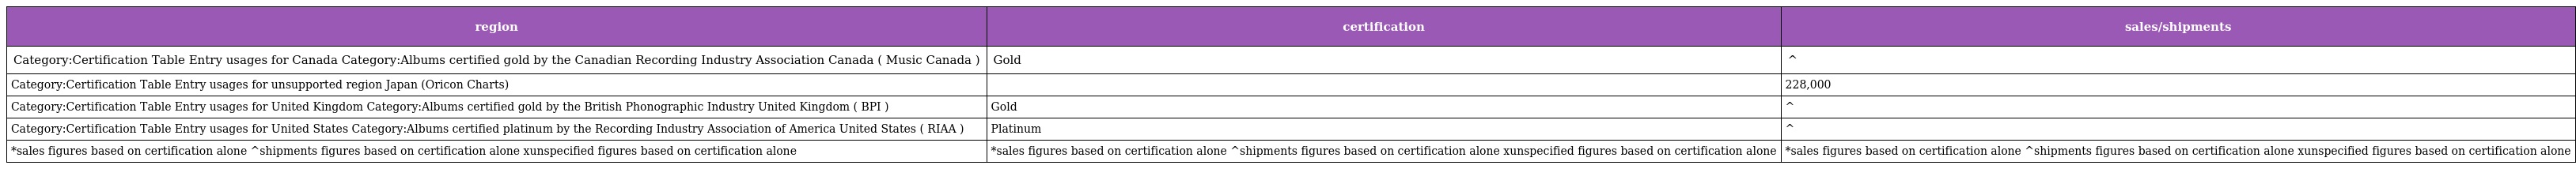
| region | certification | sales/shipments |
 | --- | --- | --- |
 | Category:Certification Table Entry usages for Canada Category:Albums certified gold by the Canadian Recording Industry Association Canada ( Music Canada ) | Gold | ^ |
 | Category:Certification Table Entry usages for unsupported region Japan (Oricon Charts) |  | 228,000 |
 | Category:Certification Table Entry usages for United Kingdom Category:Albums certified gold by the British Phonographic Industry United Kingdom ( BPI ) | Gold | ^ |
 | Category:Certification Table Entry usages for United States Category:Albums certified platinum by the Recording Industry Association of America United States ( RIAA ) | Platinum | ^ |
 | *sales figures based on certification alone ^shipments figures based on certification alone xunspecified figures based on certification alone | *sales figures based on certification alone ^shipments figures based on certification alone xunspecified figures based on certification alone | *sales figures based on certification alone ^shipments figures based on certification alone xunspecified figures based on certification alone |